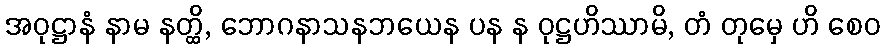
အဝုဋ္ဌာနံ နာမ နတ္ထိ, ဘောဂနာသနဘယေန ပန န ဝုဋ္ဌဟိဿာမိ, တံ တုမှေ ဟိ စေဝ